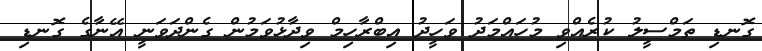
ގޮނޑި ތަމްސީލު ކުރެއްވި މުހައްމަދު ވަހީދު އިބްރާހިމް ވިދާޅުވަމުން ގެންދަވަނީ އޭނާގެ ގޮނޑި